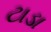
ટાડા